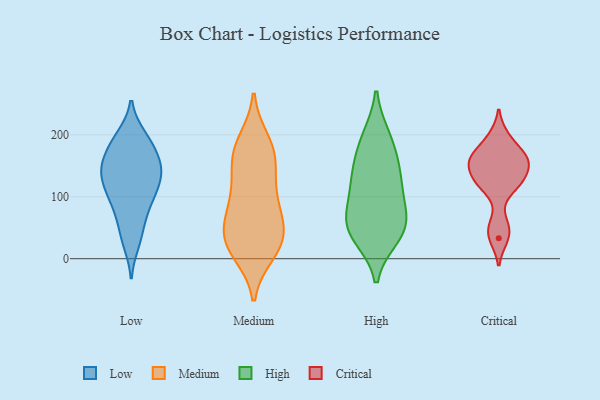
{"axis": {"x": "Population (Million)", "y": "Value"}, "legend": ["Critical", "High", "Low", "Medium"], "data": [{"x": "", "y": 154, "type": "Low"}, {"x": "", "y": 25, "type": "Low"}, {"x": "", "y": 182, "type": "Low"}, {"x": "", "y": 79, "type": "Low"}, {"x": "", "y": 198, "type": "Low"}, {"x": "", "y": 69, "type": "Low"}, {"x": "", "y": 39, "type": "Low"}, {"x": "", "y": 143, "type": "Low"}, {"x": "", "y": 101, "type": "Low"}, {"x": "", "y": 145, "type": "Low"}, {"x": "", "y": 115, "type": "Low"}, {"x": "", "y": 154, "type": "Low"}, {"x": "", "y": 125, "type": "Low"}, {"x": "", "y": 197, "type": "Low"}, {"x": "", "y": 103, "type": "Low"}, {"x": "", "y": 134, "type": "Low"}, {"x": "", "y": 174, "type": "Low"}, {"x": "", "y": 112, "type": "Medium"}, {"x": "", "y": 46, "type": "Medium"}, {"x": "", "y": 103, "type": "Medium"}, {"x": "", "y": 30, "type": "Medium"}, {"x": "", "y": 17, "type": "Medium"}, {"x": "", "y": 48, "type": "Medium"}, {"x": "", "y": 158, "type": "Medium"}, {"x": "", "y": 171, "type": "Medium"}, {"x": "", "y": 73, "type": "Medium"}, {"x": "", "y": 156, "type": "Medium"}, {"x": "", "y": 43, "type": "Medium"}, {"x": "", "y": 10, "type": "Medium"}, {"x": "", "y": 189, "type": "Medium"}, {"x": "", "y": 179, "type": "Medium"}, {"x": "", "y": 92, "type": "Medium"}, {"x": "", "y": 18, "type": "Medium"}, {"x": "", "y": 40, "type": "High"}, {"x": "", "y": 60, "type": "High"}, {"x": "", "y": 196, "type": "High"}, {"x": "", "y": 57, "type": "High"}, {"x": "", "y": 191, "type": "High"}, {"x": "", "y": 90, "type": "High"}, {"x": "", "y": 132, "type": "High"}, {"x": "", "y": 136, "type": "High"}, {"x": "", "y": 51, "type": "High"}, {"x": "", "y": 154, "type": "High"}, {"x": "", "y": 106, "type": "High"}, {"x": "", "y": 36, "type": "High"}, {"x": "", "y": 54, "type": "Critical"}, {"x": "", "y": 168, "type": "Critical"}, {"x": "", "y": 132, "type": "Critical"}, {"x": "", "y": 161, "type": "Critical"}, {"x": "", "y": 118, "type": "Critical"}, {"x": "", "y": 197, "type": "Critical"}, {"x": "", "y": 122, "type": "Critical"}, {"x": "", "y": 151, "type": "Critical"}, {"x": "", "y": 33, "type": "Critical"}, {"x": "", "y": 162, "type": "Critical"}]}